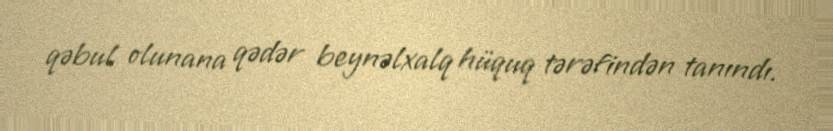
qəbul olunana qədər beynəlxalq hüquq tərəfindən tanındı.